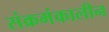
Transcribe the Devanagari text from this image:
संक्रमंकालीन